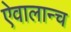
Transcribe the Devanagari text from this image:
ऐवालान्च